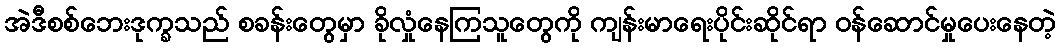
အဲဒီစစ်ဘေးဒုက္ခသည် စခန်းတွေမှာ ခိုလှုံနေကြသူတွေကို ကျန်းမာရေးပိုင်းဆိုင်ရာ ဝန်ဆောင်မှုပေးနေတဲ့